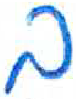
אות: ב